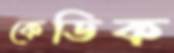
কেডিক